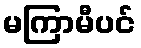
မကြာမီပင်